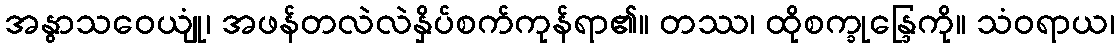
အနွာသဝေယျုံ၊ အဖန်တလဲလဲနှိပ်စက်ကုန်ရာ၏။ တဿ၊ ထိုစက္ခုန္ဒြေကို။ သံဝရာယ၊